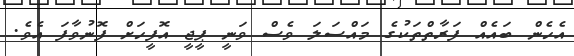
އެހެން ބައެއް ފަރާތްތަކުގެ މައްސަލަ ވެސް ވަނީ ޕީޖީ އޮފީހަށް ފޮނުވާފަ އެވެ.